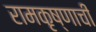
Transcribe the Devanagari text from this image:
रामकृष्णाची